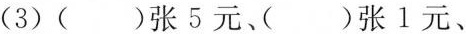
(3)( )张5元、( )张1元、